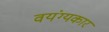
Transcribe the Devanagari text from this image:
वयंग्यकार